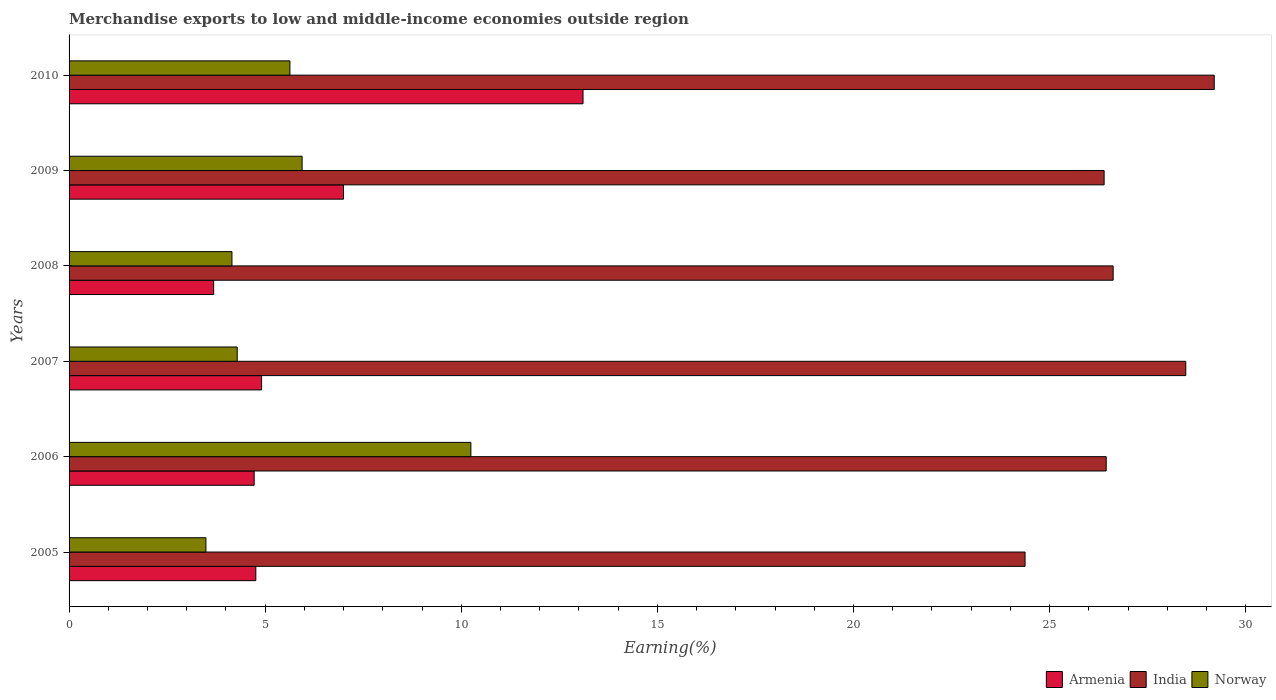
| Years | Armenia | India | Norway |
 | --- | --- | --- | --- |
 | 2005 | 4.76 | 24.4 | 3.49 |
 | 2006 | 4.72 | 26.4 | 10.2 |
 | 2007 | 4.91 | 28.5 | 4.29 |
 | 2008 | 3.69 | 26.6 | 4.15 |
 | 2009 | 7 | 26.4 | 5.94 |
 | 2010 | 13.1 | 29.2 | 5.63 |